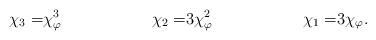
LaTeX: \begin{align*}\chi_3 =& \chi_{\varphi}^3 &\chi_2 = &3 \chi_{\varphi}^2 &\chi_1 =& 3 \chi_{\varphi}. \end{align*}